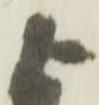
よ